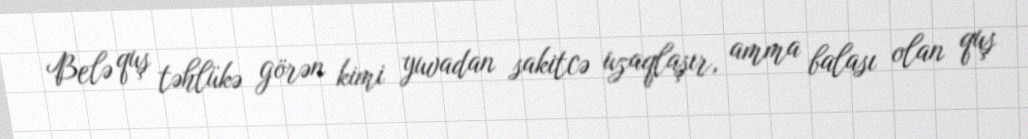
Belə quş təhlükə görən kimi yuvadan sakitcə uzaqlaşır, amma balası olan quş